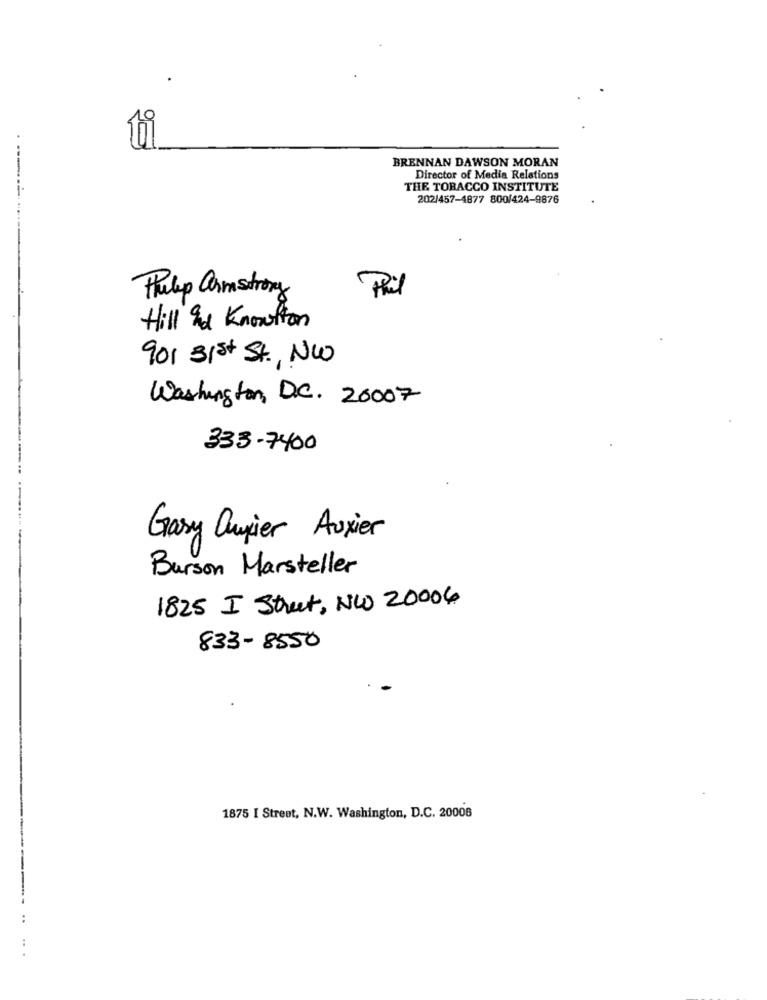
BRENNAN DAWSON MORAN
Director of Media Relations
THE TOBACCO INSTITUTE
202/457-4877 800/424-9876
Hulp armstrong
Phil
Hill and Knowlton
901 31st St NW
Washington, D.C. 20007
333-7400
Gary Quier Auxier
Burson Marsteller
1825 I Street, NW 20006
833-8550
1875 I Street, N.W. Washington, D.C. 20008